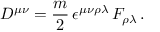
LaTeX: D ^ { \mu \nu } = { \frac { m } { 2 } } \, \epsilon ^ { \mu \nu \rho \lambda } \, F _ { \rho \lambda } \, .